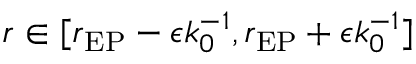
r \in [ r _ { \mathrm { E P } } - \epsilon k _ { 0 } ^ { - 1 } , r _ { \mathrm { E P } } + \epsilon k _ { 0 } ^ { - 1 } ]